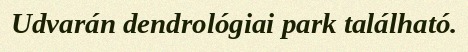
Udvarán dendrológiai park található.